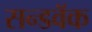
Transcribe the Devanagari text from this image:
सन्डवॅक